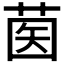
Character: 𦱵